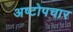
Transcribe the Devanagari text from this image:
अष्टोपचार